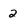
Character: 2